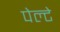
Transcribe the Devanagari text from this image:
पेल्टे